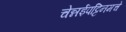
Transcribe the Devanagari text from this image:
चेन्नईपट्टिनमचे